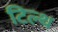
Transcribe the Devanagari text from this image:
टिल्थ